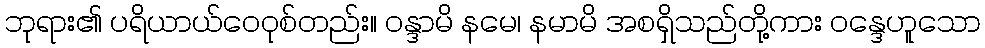
ဘုရား၏ ပရိယာယ်ဝေဝုစ်တည်း။ ဝန္ဒာမိ နမေ၊ နမာမိ အစရှိသည်တို့ကား ဝန္ဒေဟူသော